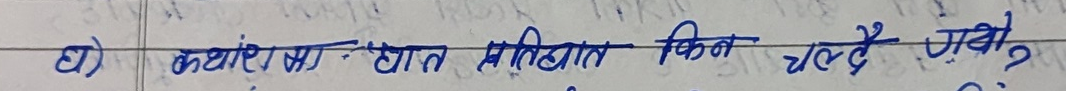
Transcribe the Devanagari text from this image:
5) कथां का घात सिद्धांत किन रहे गए?